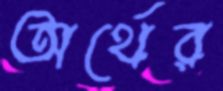
অর্থের